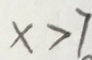
x > 7